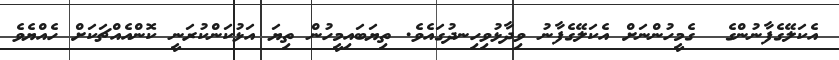
އެކަލޭގެފާނުންގެ  ގެމީހުންނަށް އެކަލޭގެފާނު ވިދާޅުވިހިނދުގައެވެ. ތިޔަބައިމީހުން ތިޔަ އަޅުކަންކުރަނީ ކޮންއެއްޗަކަށް ހެއްޔެވެ